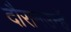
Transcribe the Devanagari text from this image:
दौरानउन्हें